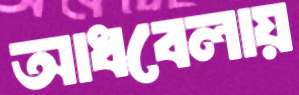
আধবেলায়